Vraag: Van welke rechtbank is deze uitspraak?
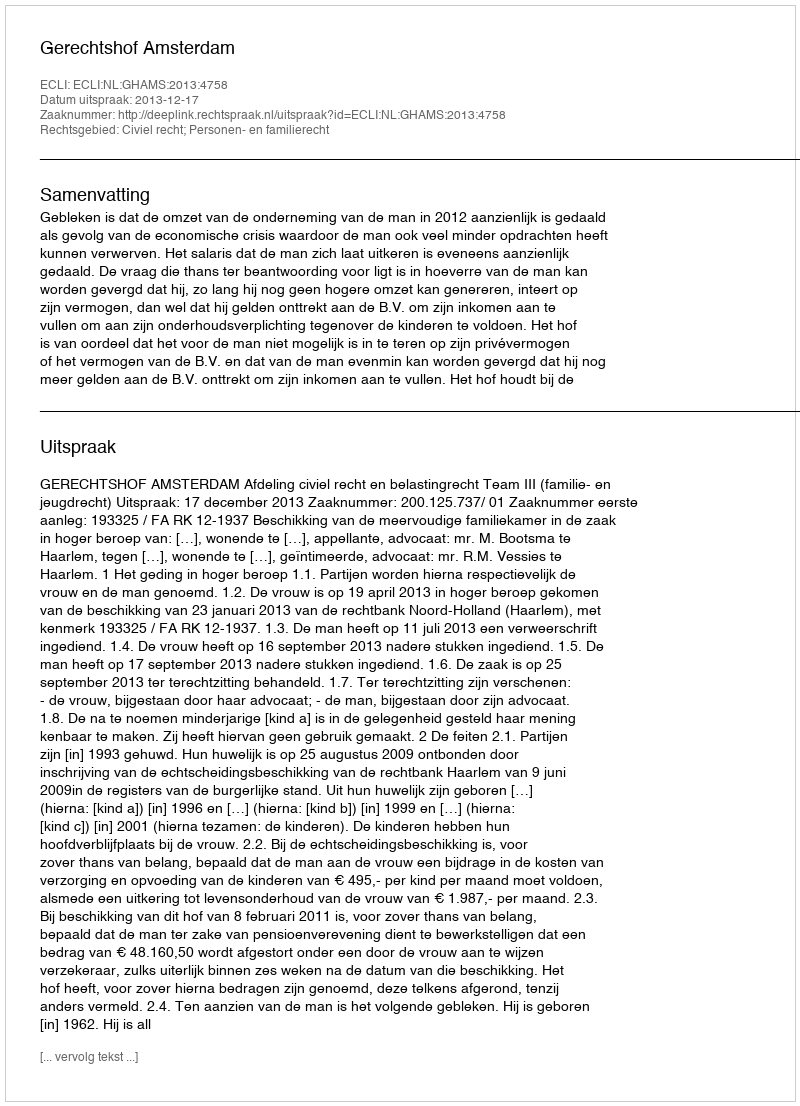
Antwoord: Gerechtshof Amsterdam